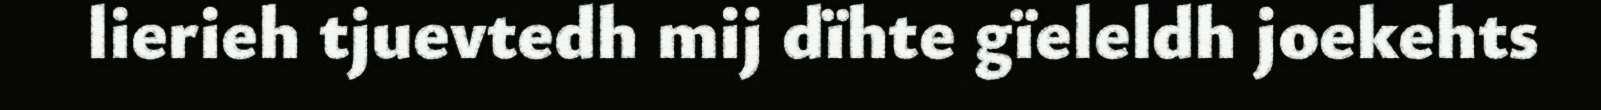
lierieh tjuevtedh mij dïhte gïeleldh joekehts